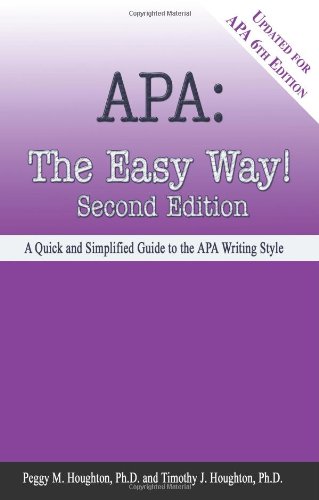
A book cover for APA: The Easy Way! [Updated for APA 6th Edition]; Peggy M. Houghton; Self-Help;